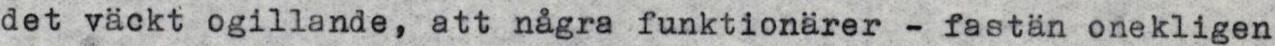
det väckt ogillande, att några funktionärer - fastän onekligen